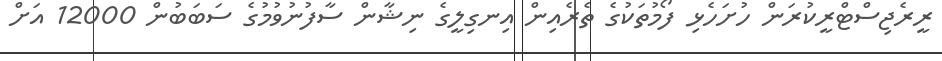
ރީރެޖިސްޓްރީކުރަން ހުށަހެޅި ފޯމުތަކުގެ ތެރެއިން އިނގިލީގެ ނިޝާން ސާފުނުވުމުގެ ސަބަބުން 12000 އަށް